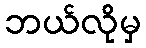
ဘယ်လိုမှ